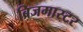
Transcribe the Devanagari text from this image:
ब्रिजमास्टर